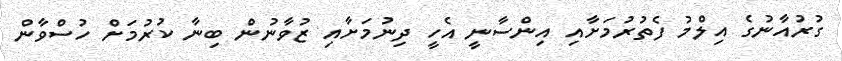
ގުރުއާނުގެ އިލްމު ފެތުރުމަށާއި އިންސާނީ އެހީ ދިނުމަށާއި ޒުވާނުން ބިނާ ކުރުމަށް ހުސްވާން